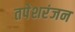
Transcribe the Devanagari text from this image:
तपेशरंजन